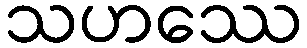
သဟဿေ